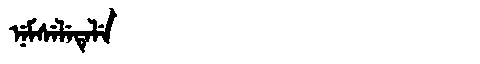
Manchu: ᠨᡝᠮᠰᡝᠯᡝᡨᡝᠯᡝ
Romanization: NEMSELETELE